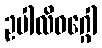
ဥပါလိဝဂ္ဂေါ